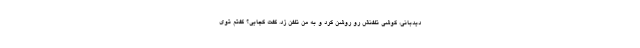
ديدباني، گوشي تلفنش رو روشن كرد و به من تلفن زد. گفت كجايي؟ گفتم توي